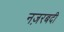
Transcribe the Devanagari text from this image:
नज़रबदी